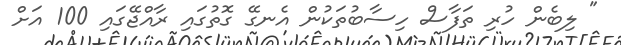
" ލިބެން ހުރި ތަފާސް ހިސާބުތަކުން އެނގޭ ގޮތުގައި ރާއްޖޭގައި 100 އަށް